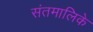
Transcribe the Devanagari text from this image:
संतमालिके